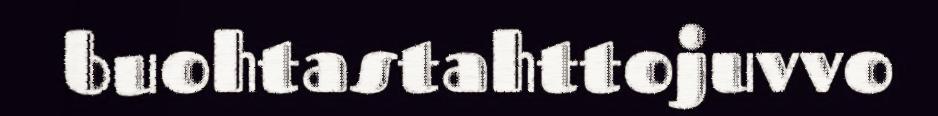
buohtastahttojuvvo